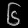
Digit: ၆